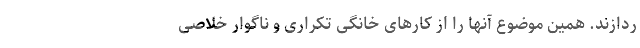
ردازند. همین موضوع آنها را از کارهای خانگی تکراری و ناگوار خلاصی